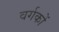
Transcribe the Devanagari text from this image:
वर्गकों